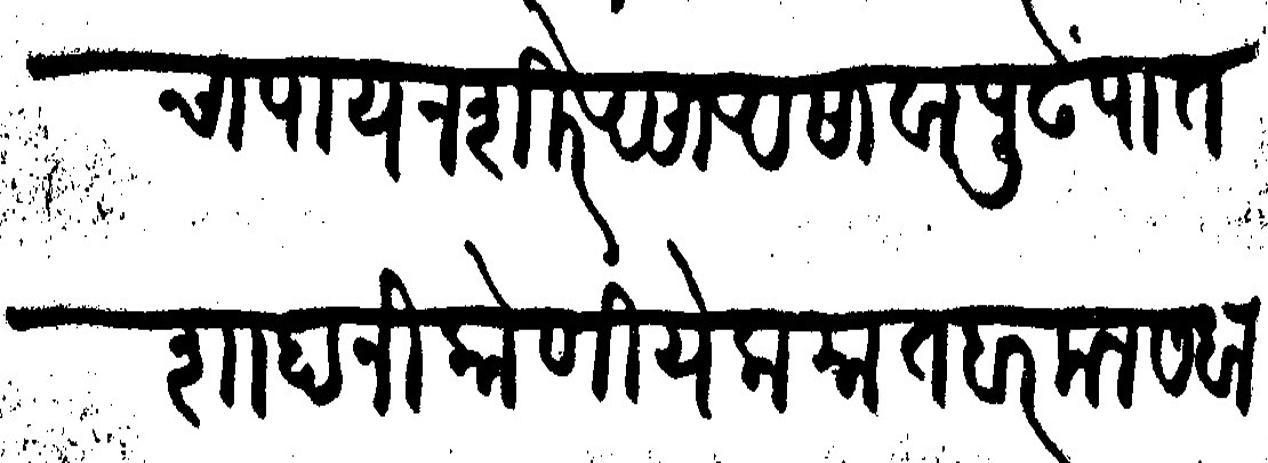
Transliteration (Devanagari): दुसऱ्याचा पाय न शिरे असा असावा पुढें पातशाहानी कोणी येक मातबर मनसबा